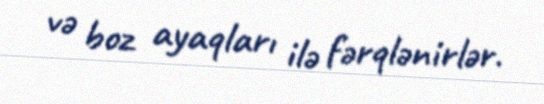
və boz ayaqları ilə fərqlənirlər.